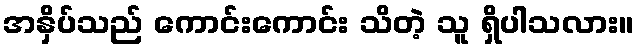
အနှိပ်သည် ကောင်းကောင်း သိတဲ့ သူ ရှိပါသလား။